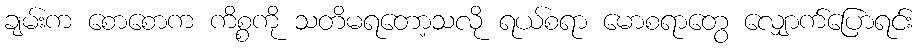
ချမ်းက စောစောက ကိစ္စကို သတိမရတော့သလို ရယ်စရာ မောစရာတွေ လျှောက်ပြောရင်း